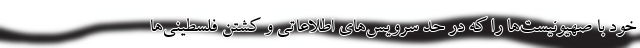
خود با صهیونیست‌ها را که در حد سرویس‌های اطلاعاتی و کشتن فلسطینی‌ها